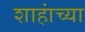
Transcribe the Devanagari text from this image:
शाहांच्या